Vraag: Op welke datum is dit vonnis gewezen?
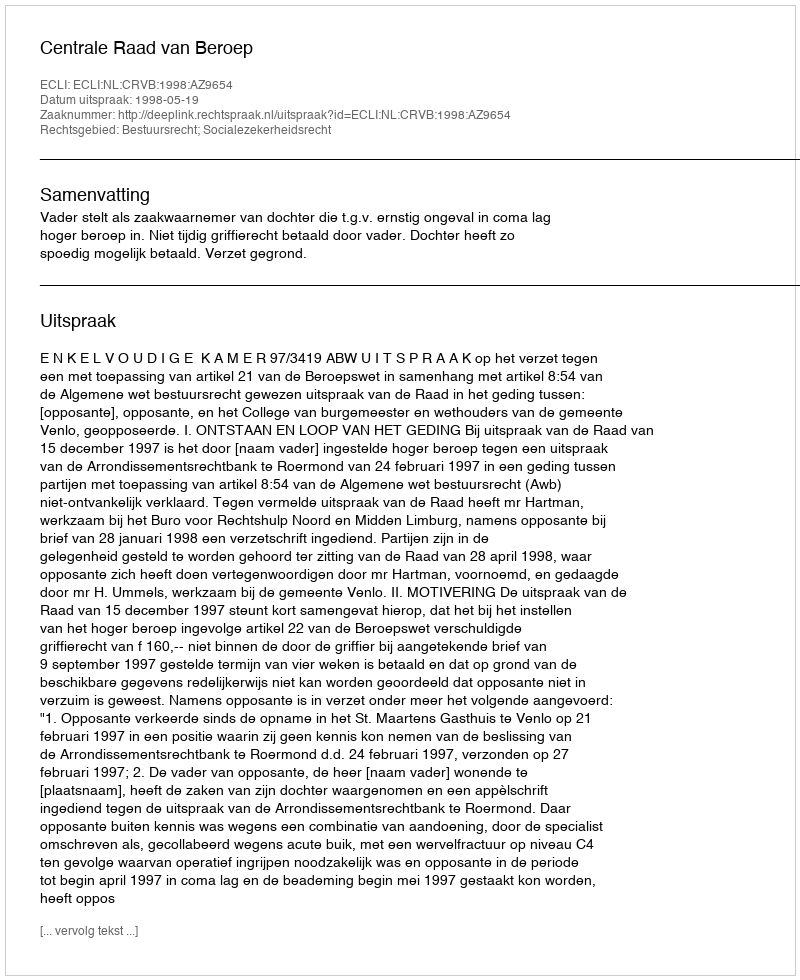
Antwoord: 1998-05-19